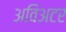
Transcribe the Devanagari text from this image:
अविअटर